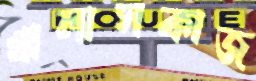
খালাসকাজ